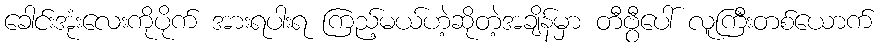
ခေါင်းအုံးလေးကိုပိုက် အားရပါးရ ကြည့်မယ်ဟဲ့ဆိုတဲ့အချိန်မှာ တီဗွီပေါ် လူကြီးတစ်ယောက်